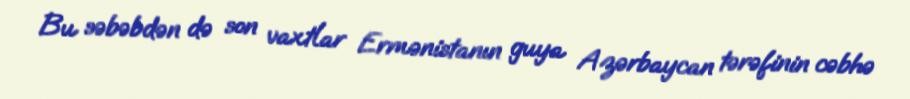
Bu səbəbdən də son vaxtlar Ermənistanın guya Azərbaycan tərəfinin cəbhə